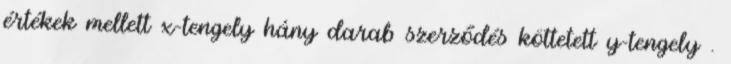
értékek mellett x-tengely hány darab szerződés köttetett y-tengely .